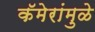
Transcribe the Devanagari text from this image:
कॅमेरांमुळे